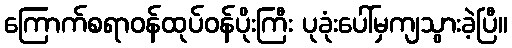
ကြောက်စရာဝန်ထုပ်ဝန်ပိုးကြီး ပုခုံးပေါ်မှကျသွားခဲ့ပြီ။